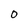
Character: 0